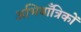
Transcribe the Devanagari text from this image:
अभियाँत्रिकों